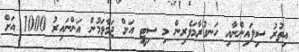
އިތުރު ސިފައިންނާއި ހަނގުރާމަވެރިން މި ސިޓީ އަށް ޖަމާވަމުން އަންނައިރު 1000 އަށް